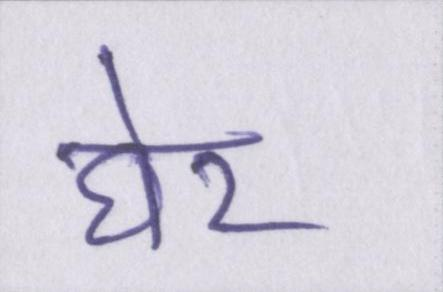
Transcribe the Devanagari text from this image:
घेर